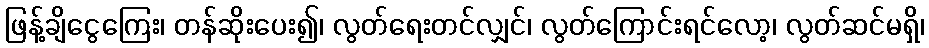
ဖြန့်ချိငွေကြေး၊ တန်ဆိုးပေး၍၊ လွတ်ရေးတင်လျှင်၊ လွတ်ကြောင်းရင်လော့၊ လွတ်ဆင်မရှိ၊